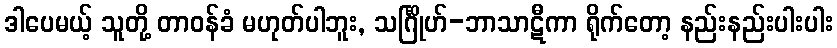
ဒါပေမယ့် သူတို့ တာဝန်ခံ မဟုတ်ပါဘူး, သင်္ဂြိုဟ်-ဘာသာဋီကာ ရိုက်တော့ နည်းနည်းပါးပါး